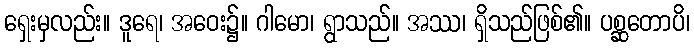
ရှေးမှလည်း။ ဒူရေ၊ အဝေး၌။ ဂါမော၊ ရွာသည်။ အဿ၊ ရှိသည်ဖြစ်၏။ ပစ္ဆတောပိ၊